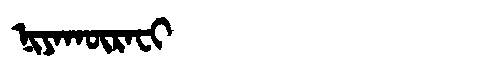
Manchu: ᠨᡳᠶᠠᡴᡡᡵᠠᠸᡳ
Romanization: NIYAKŪRAFI